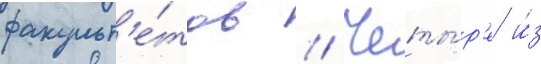
факульт'е́тов // Четы́р'е и́з